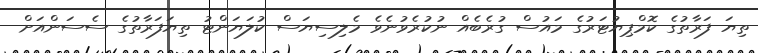
ތިޔަ ފަރާތުގެ ކޮމްޕިޔުޓަރުގެ މައުސް ގުރެބެއް ނުކުރެވުނެވެ މެލިސިޔަސް ކުލަޔަންޓު ތިޔަފަރާތުގެ ސެސަންއަށް